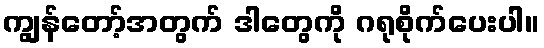
ကျွန်တော့်အတွက် ဒါတွေကို ဂရုစိုက်ပေးပါ။